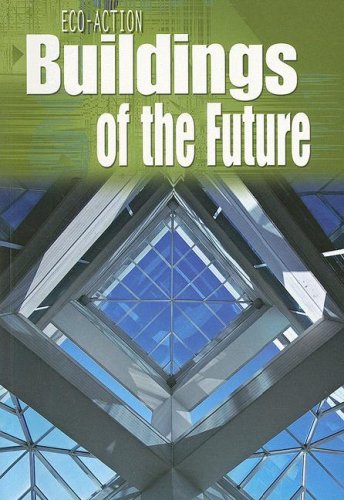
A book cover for Buildings of the Future (Eco-Action); Angela Royston; Teen & Young Adult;